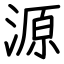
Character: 源